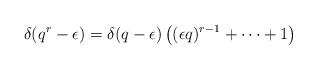
LaTeX: \begin{align*} \delta(q^{r}-\epsilon) = \delta(q-\epsilon)\left( (\epsilon q)^{r-1} + \cdots + 1 \right) \end{align*}